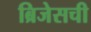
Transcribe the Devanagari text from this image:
ब्रिजेसची